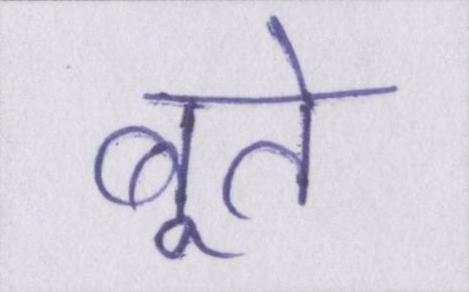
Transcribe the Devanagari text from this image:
बूते